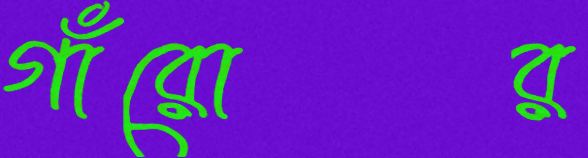
গাঁরোর